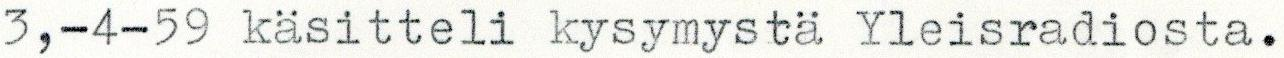
3,-4-59 käsitteli kysymystä Yleisradiosta.